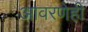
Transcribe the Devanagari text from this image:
आवरणेही